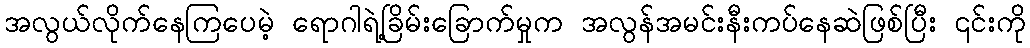
အလွယ်လိုက်နေကြပေမဲ့ ရောဂါရဲ့ခြိမ်းခြောက်မှုက အလွန်အမင်းနီးကပ်နေဆဲဖြစ်ပြီး ၎င်းကို